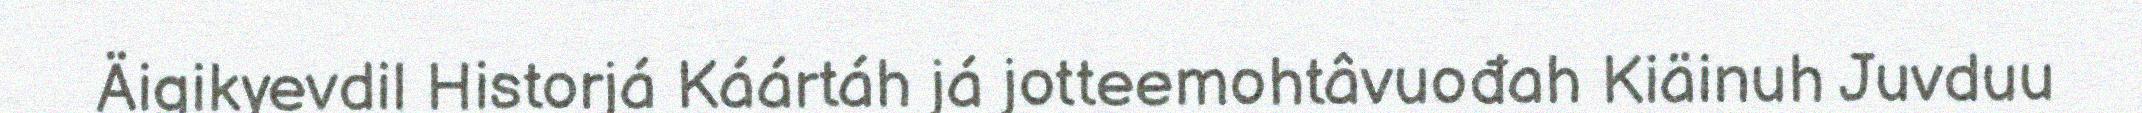
Äigikyevdil Historjá Káártáh já jotteemohtâvuođah Kiäinuh Juvduu